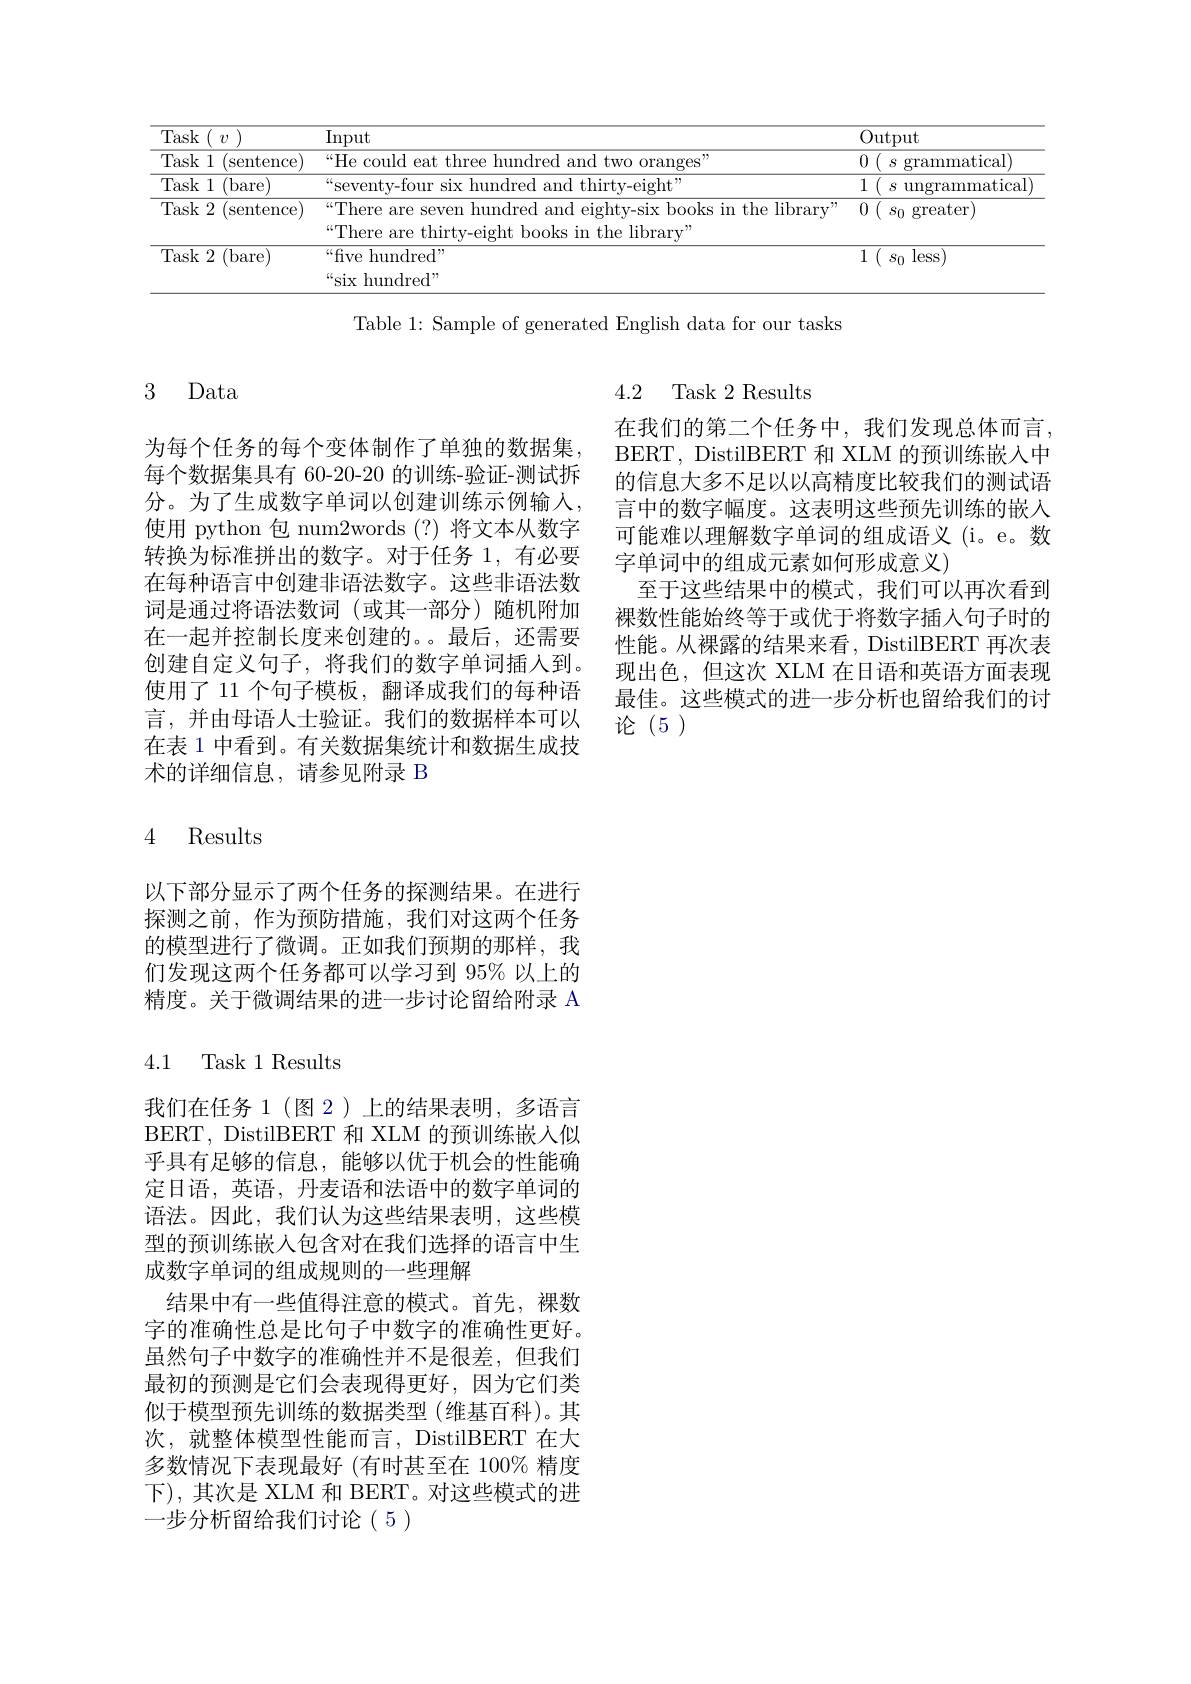
<table>
	<tbody>
		<tr>
			<td>Task 7</td>
			<td>Input</td>
			<td>Output</td>
		</tr>
		<tr>
			<td>Task $\therefore1$ sentence</td>
			<td>“He could 7 $\mathbf{e}_{\mathrm{a.t}}$ frer amr TIMTO oranges</td>
			<td>grammatical</td>
		</tr>
		<tr>
			<td>Task :1 (bare</td>
			<td>$^{\mathrm{“}}{\mathrm{Sevent}}$ amr 11 thirtv-eight"</td>
			<td>1 ungrammatical 4</td>
		</tr>
		<tr>
			<td>Task 2 (sentence)</td>
			<td>${^{“}\text{There are seven hundred and eighty-six books in the library}}$ “There are thirty-eight books in the library”</td>
			<td>0 ( $s_{0}$ greater)</td>
		</tr>
		<tr>
			<td>$\operatorname{Task}2$ (bare) </td>
			<td>$\overline{“\mathrm{five~hundred"}}$ “six hundred”</td>
			<td>1 ( $s_{0}$ less)</td>
		</tr>
	</tbody>
</table>

Table 1: Sample of generated English data for our tasks

### 3 Data

4.2 Task 2 Results
在我们的第二个任务中，我们发现总体而言， BERT, DistilBERT 和 XLM 的预训练嵌入中
每个数据集具有 60-20-20 的训练-验证-测试拆 的信息大多不足以以高精度比较我们的测试语分。为了生成数字单词以创建训练示例输人，言中的数字幅度。这表明这些预先训练的嵌入使用 python 包 num2words (?)将文本从数字 可能难以理解数字单词的组成语义 (i。e。数转换为标准拼出的数字。对于任务 1, 有必要 字单词中的组成元素如何形成意义)
至于这些结果中的模式，我们可以再次看到裸数性能始终等于或优于将数字插人句子时的
在一起并控制长度来创建的。。最后，还需要 性能。从裸露的结果来看，DistilBERT 再次表
现出色，但这次 XLM 在日语和英语方面表现最佳。这些模式的进一步分析也留给我们的讨论(5)

为每个任务的每个变体制作了单独的数据集， 在每种语言中创建非语法数字。这些非语法数词是通过将语法数词(或其一部分)随机附加创建自定义句子，将我们的数字单词插入到。使用了 11 个句子模板，翻译成我们的每种语言，并由母语人士验证。我们的数据样本可以在表 1 中看到。有关数据集统计和数据生成技术的详细信息，请参见附录 B

## 4 Results

以下部分显示了两个任务的探测结果。在进行探测之前，作为预防措施，我们对这两个任务的模型进行了微调。正如我们预期的那样，我们发现这两个任务都可以学习到 95% 以上的精度。关于微调结果的进一步讨论留给附录 A

4.1 Task 1 Results

我们在任务 1(图 2)上的结果表明，多语言BERT, DistilBERT 和 XLM 的预训练嵌入似乎具有足够的信息，能够以优于机会的性能确定日语，英语，丹麦语和法语中的数字单词的语法。因此，我们认为这些结果表明，这些模型的预训练嵌入包含对在我们选择的语言中生成数字单词的组成规则的一些理解
结果中有一些值得注意的模式。首先，裸数字的准确性总是比句子中数字的准确性更好。虽然句子中数字的准确性并不是很差，但我们最初的预测是它们会表现得更好，因为它们类似于模型预先训练的数据类型(维基百科)。其次，就整体模型性能而言，DistilBERT 在大多数情况下表现最好 (有时甚至在 100% 精度下),其次是 XLM 和 BERT。对这些模式的进一步分析留给我们讨论(5)